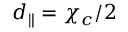
d _ { \parallel } = \chi _ { c } / 2